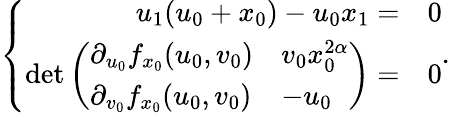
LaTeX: \left\{ \begin{array}{rl}{u_{1}(u_{0}+x_{0})-u_{0}x_{1}=}&{0}\\ {\operatorname*{det}\left(\begin{array}{ll}{\partial_{u_{0}}f_{x_{0}}(u_{0},v_{0})}&{v_{0}x_{0}^{2\alpha}}\\ {\partial_{v_{0}}f_{x_{0}}(u_{0},v_{0})}&{-u_{0}}\end{array}\right)=}&{0}\end{array}.\right.